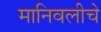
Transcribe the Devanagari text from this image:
मानिवलीचे